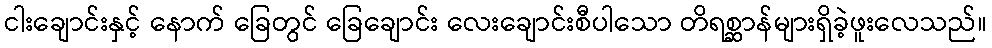
ငါးချောင်းနှင့် နောက် ခြေတွင် ခြေချောင်း လေးချောင်းစီပါသော တိရစ္ဆာန်များရှိခဲ့ဖူးလေသည်။